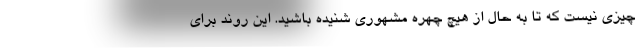
چیزی نیست که تا به حال از هیچ چهره مشهوری شنیده باشید. این روند برای